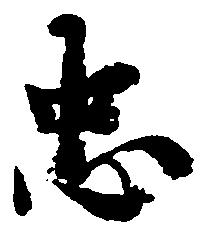
忠